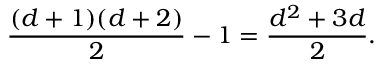
{ \frac { ( d + 1 ) ( d + 2 ) } { 2 } } - 1 = { \frac { d ^ { 2 } + 3 d } { 2 } } .